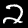
Label: 2